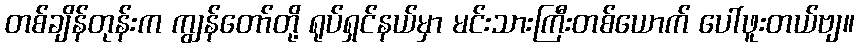
တစ်ချိန်တုန်းက ကျွန်တော်တို့ ရုပ်ရှင်နယ်မှာ မင်းသားကြီးတစ်ယောက် ပေါ်ဖူးတယ်ဗျ။